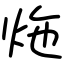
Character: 炧